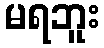
မရဘူး